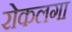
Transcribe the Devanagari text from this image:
रोकलगा